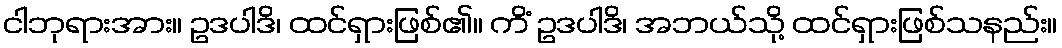
ငါဘုရားအား။ ဥဒပါဒိ၊ ထင်ရှားဖြစ်၏။ ကိံ ဥဒပါဒိ၊ အဘယ်သို့ ထင်ရှားဖြစ်သနည်း။